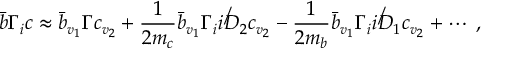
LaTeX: { \bar { b } } \Gamma _ { i } c \approx { \bar { b } } _ { v _ { 1 } } \Gamma c _ { v _ { 2 } } + \frac { 1 } { 2 m _ { c } } { \bar { b } } _ { v _ { 1 } } \Gamma _ { i } i \not D _ { 2 } c _ { v _ { 2 } } - \frac { 1 } { 2 m _ { b } } { \bar { b } } _ { v _ { 1 } } \Gamma _ { i } i \not D _ { 1 } c _ { v _ { 2 } } + \cdots \; ,